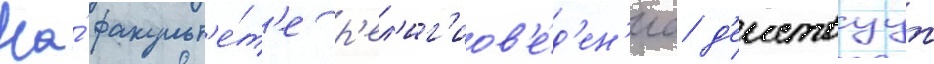
На́ факульт'е́т'е р'ел'иг'иов'е́д'ен'иа д'еиствуут